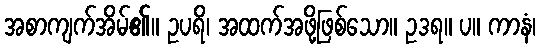
အစာကျက်အိမ်၏။ ဥပရိ၊ အထက်အဖို့ဖြစ်သော။ ဥဒရ။ ပ။ ကာနံ၊